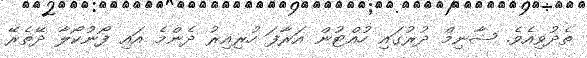
ތެދުވިއެވެ. ޝާނިމް ދުރުގައި ހުއްޓުން އަރާފަ ހުރިއިރު ދެންމެ އައި ފޯނުކޯލާ ދޭތެރޭ